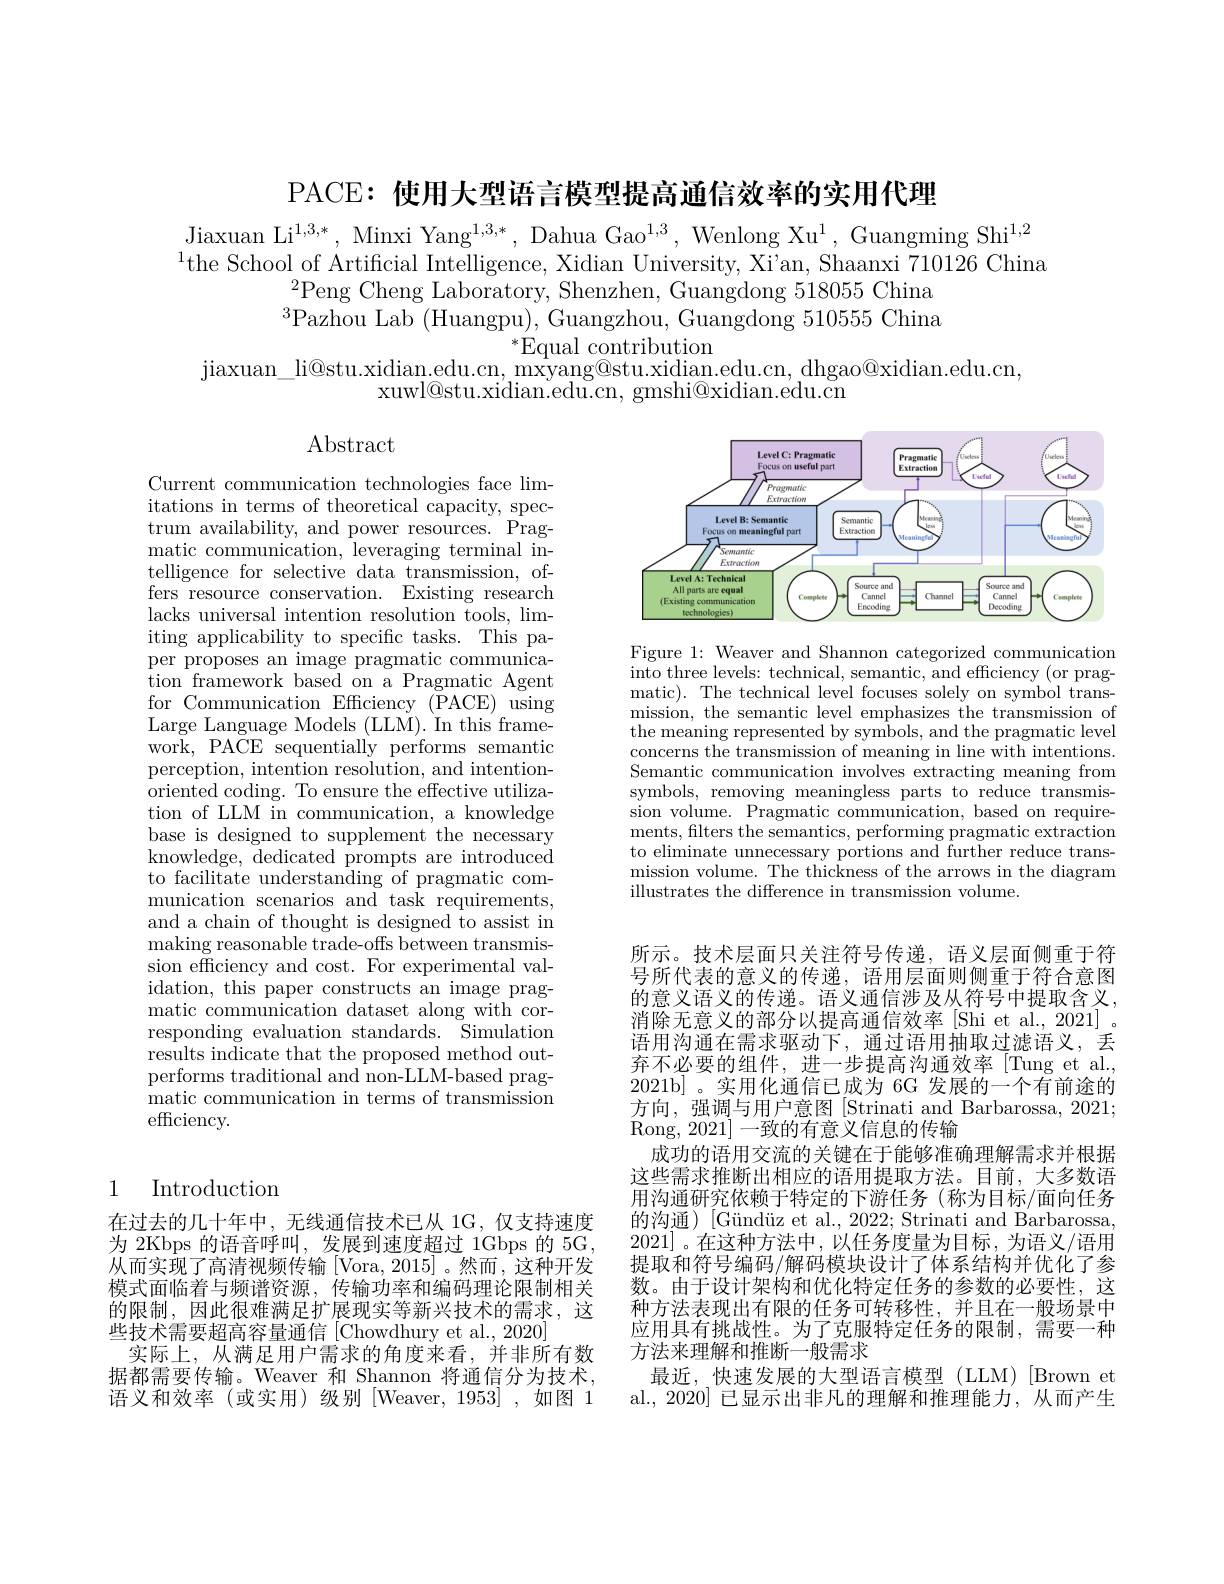
PACE: 使用大型语言模型提高通信效率的实用代理

Jiaxuan Li$^{1,3,*}$, Minxi Yang$^1,3,*$, Dahua Gao$^1,3$, Wenlong Xu$^1$, Guangming Shi$^1,2$ $^{1}$the School of Artificial Intelligence, Xidian University, Xi'an, Shaanxi 710126 China
$^{2}$Peng Cheng Laboratory, Shenzhen, Guangdong 518055 China $^{3}\bar{\text{Pazhou Lab}}($Huangpu),Guangzhou, Guangdong 510555 China
$^*$Equal contribution
jiaxuan$\_$li@ stu. xidian. edu. cn, mxyang@ stu. xidian. edu. cn, dhgao@ xidian. edu. cn,
xuwl@stu.xidian.edu.cn, gmshi@xidian.edu.cn

Abstract

<FigureHere>

Figure 1: Weaver and Shannon categorized communication $\bar{\text{into three levels: technical, semantic, and efficiency (or prag-)}}$ matic). The technical level focuses solely on symbol transmission, the semantic level emphasizes the transmission of the meaning represented by symbols, and the pragmatic level concerns the transmission of meaning in line with intentions. Semantic communication involves extracting meaning from symbols, removing meaningless parts to reduce transmission volume. Pragmatic communication, based on requirements, filters the semantics, performing pragmatic extraction to eliminate unnecessary portions and further reduce transmission volume. The thickness of the arrows in the diagram illustrates the difference in transmission volume.

Current communication technologies face limitations in terms of theoretical capacity, spectrum availability, and power resources. Pragmatic communication, leveraging terminal intelligence for selective data transmission, offers resource conservation. Existing research lacks universal intention resolution tools, limiting applicability to specific tasks. This paper proposes an image pragmatic communication framework based on a Pragmatic Agent for Communication Efficiency (PACE) using Large Language Models (LLM). In this framework, PACE sequentially performs semantic perception, intention resolution, and intention- ${\mathrm{oriented~coding.~To~ensure~the~effective~utiliza-}}$ tion of LLM in communication, a knowledge base is designed to supplement the necessary knowledge, dedicated prompts are introduced to facilitate understanding of pragmatic communication scenarios and task requirements, and a chain of thought is designed to assist in making reasonable trade-offs between transmission efficiency and cost. For experimental validation, this paper constructs an image pragmatic communication dataset along with corresponding evaluation standards. Simulation results indicate that the proposed method outperforms traditional and non-LLM-based pragmatic communication in terms of transmission efficiency.

所示。技术层面只关注符号传递，语义层面侧重于符号所代表的意义的传递，语用层面则侧重于符合意图的意义语义的传递。语义通信涉及从符号中提取含义， 消除无意义的部分以提高通信效率[Shi et al., 2021]。语用沟通在需求驱动下，通过语用抽取过滤语义，丢弃不必要的组件，进一步提高沟通效率[Tung et al., 2021b]。实用化通信已成为 6G 发展的一个有前途的方向，强调与用户意图[Strinati and Barbarossa, 2021; $\operatorname{Rong,~2021}]$一致的有意义信息的传输
成功的语用交流的关键在于能够准确理解需求并根据这些需求推断出相应的语用提取方法。目前，大多数语用沟通研究依赖于特定的下游任务(称为目标/面向任务的沟通)[Gündüz et al., 2022; Strinati and Barbarossa, 2021]。在这种方法中，以任务度量为目标，为语义/语用提取和符号编码/解码模块设计了体系结构并优化了参数。由于设计架构和优化特定任务的参数的必要性，这种方法表现出有限的任务可转移性，并且在一般场景中应用具有挑战性。为了克服特定任务的限制，需要一种方法来理解和推断一般需求
最近，快速发展的大型语言模型(LLM)[Brown et al., 2020] 已显示出非凡的理解和推理能力，从而产生

## 1 Introduction

在过去的几十年中，无线通信技术已从 1G,仅支持速度为 2Kbps 的语音呼叫，发展到速度超过 1Gbps 的 5G, 从而实现了高清视频传输[Vora,2015]。然而，这种开发模式面临着与频谱资源，传输功率和编码理论限制相关的限制，因此很难满足扩展现实等新兴技术的需求，这些技术需要超高容量通信[Chowdhury et al., 2020]
实际上，从满足用户需求的角度来看，并非所有数据都需要传输。Weaver 和 Shannon 将通信分为技术， 语义和效率(或实用)级别[Weaver,1953],如图 1